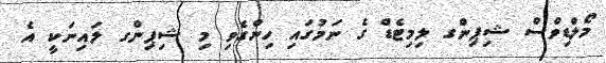
މޯލްޑިވްސް ޝިޕިންގ ލިމިޓެޑް ގެ ނަމުގައި ހިންގެވި މި ޝިޕިންގ ލައިނަކީ އެ